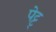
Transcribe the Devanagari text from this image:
पेट्ट्